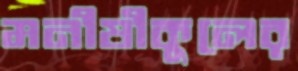
মনীষীকুলের